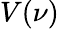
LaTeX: V(\nu)